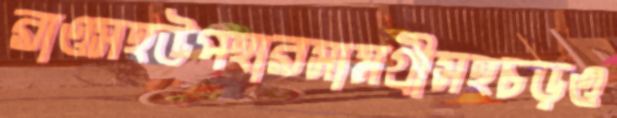
রাওসহউপহারসামগ্রীসহচড়ও